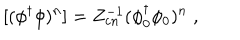
LaTeX: [ ( \phi ^ { \dagger } \phi ) ^ { n } ] = Z _ { c n } ^ { - 1 } ( \phi _ { 0 } ^ { \dagger } \phi _ { 0 } ) ^ { n } \; ,